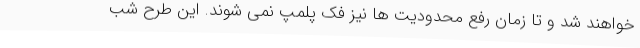
خواهند شد و تا زمان رفع محدودیت ها نیز فک پلمپ نمی شوند. این طرح شب